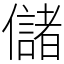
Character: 儲